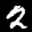
Digit: 9